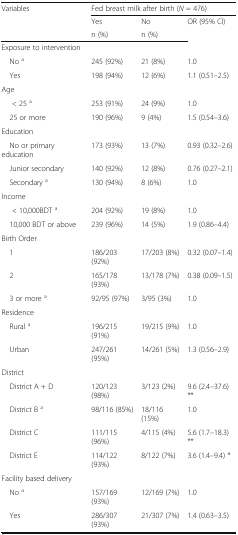
<table><thead><tr><td rowspan="3"><b>Variables</b></td><td colspan="3"><b>Fed breast milk after birth (<i>N</i> = 476)</b></td></tr><tr><td><b>Yes</b></td><td><b>No</b></td><td rowspan="2"><b>OR (95% CI)</b></td></tr><tr><td><b>n (%)</b></td><td><b>n (%)</b></td></tr></thead><tbody><tr><td colspan="4">Exposure to intervention</td></tr><tr><td> No <sup>a</sup></td><td>245 (92%)</td><td>21 (8%)</td><td>1.0</td></tr><tr><td> Yes</td><td>198 (94%)</td><td>12 (6%)</td><td>1.1 (0.51–2.5)</td></tr><tr><td colspan="4">Age</td></tr><tr><td>&lt; 25 <sup>a</sup></td><td>253 (91%)</td><td>24 (9%)</td><td>1.0</td></tr><tr><td> 25 or more</td><td>190 (96%)</td><td>9 (4%)</td><td>1.5 (0.54–3.6)</td></tr><tr><td colspan="4">Education</td></tr><tr><td> No or primary education</td><td>173 (93%)</td><td>13 (7%)</td><td>0.93 (0.32–2.6)</td></tr><tr><td> Junior secondary</td><td>140 (92%)</td><td>12 (8%)</td><td>0.76 (0.27–2.1)</td></tr><tr><td> Secondary <sup>a</sup></td><td>130 (94%)</td><td>8 (6%)</td><td>1.0</td></tr><tr><td colspan="4">Income</td></tr><tr><td>&lt; 10,000BDT <sup>a</sup></td><td>204 (92%)</td><td>19 (8%)</td><td>1.0</td></tr><tr><td> 10,000 BDT or above</td><td>239 (96%)</td><td>14 (5%)</td><td>1.9 (0.86–4.4)</td></tr><tr><td colspan="4">Birth Order</td></tr><tr><td> 1</td><td>186/203 (92%)</td><td>17/203 (8%)</td><td>0.32 (0.07–1.4)</td></tr><tr><td> 2</td><td>165/178 (93%)</td><td>13/178 (7%)</td><td>0.38 (0.09–1.5)</td></tr><tr><td> 3 or more <sup>a</sup></td><td>92/95 (97%)</td><td>3/95 (3%)</td><td>1.0</td></tr><tr><td colspan="4">Residence</td></tr><tr><td> Rural <sup>a</sup></td><td>196/215 (91%)</td><td>19/215 (9%)</td><td>1.0</td></tr><tr><td> Urban</td><td>247/261 (95%)</td><td>14/261 (5%)</td><td>1.3 (0.56–2.9)</td></tr><tr><td colspan="4">District</td></tr><tr><td> District A + D</td><td>120/123 (98%)</td><td>3/123 (2%)</td><td>9.6 (2.4–37.6) **</td></tr><tr><td> District B <sup>a</sup></td><td>98/116 (85%)</td><td>18/116 (15%)</td><td>1.0</td></tr><tr><td> District C</td><td>111/115 (96%)</td><td>4/115 (4%)</td><td>5.6 (1.7–18.3) **</td></tr><tr><td> District E</td><td>114/122 (93%)</td><td>8/122 (7%)</td><td>3.6 (1.4–9.4) *</td></tr><tr><td colspan="4">Facility based delivery</td></tr><tr><td> No <sup>a</sup></td><td>157/169 (93%)</td><td>12/169 (7%)</td><td>1.0</td></tr><tr><td> Yes</td><td>286/307 (93%)</td><td>21/307 (7%)</td><td>1.4 (0.63–3.5)</td></tr></tbody></table>